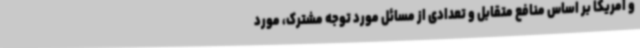
و آمریکا بر اساس منافع متقابل و تعدادی از مسائل مورد توجه مشترک، مورد